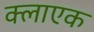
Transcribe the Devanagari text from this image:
क्लाएक